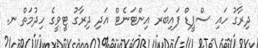
ދިރާގު ހައި ސްޕީޑް ފައިބަރ އިންޓަނެޓް އަދި ދިރާގު ޓީވީގެ ހިދުމަތް ނ.